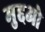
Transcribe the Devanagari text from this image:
मुद्दओ